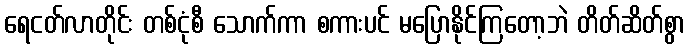
ရေငတ်လာတိုင်း တစ်ငုံစီ သောက်ကာ စကားပင် မပြောနိုင်ကြတော့ဘဲ တိတ်ဆိတ်စွာ